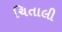
ચિતાલી